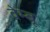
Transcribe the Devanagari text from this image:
वेम्बू